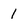
Character: 1